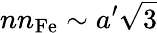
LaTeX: nn_{\mathrm{Fe}}\sim{a^{\prime}\sqrt{3}}